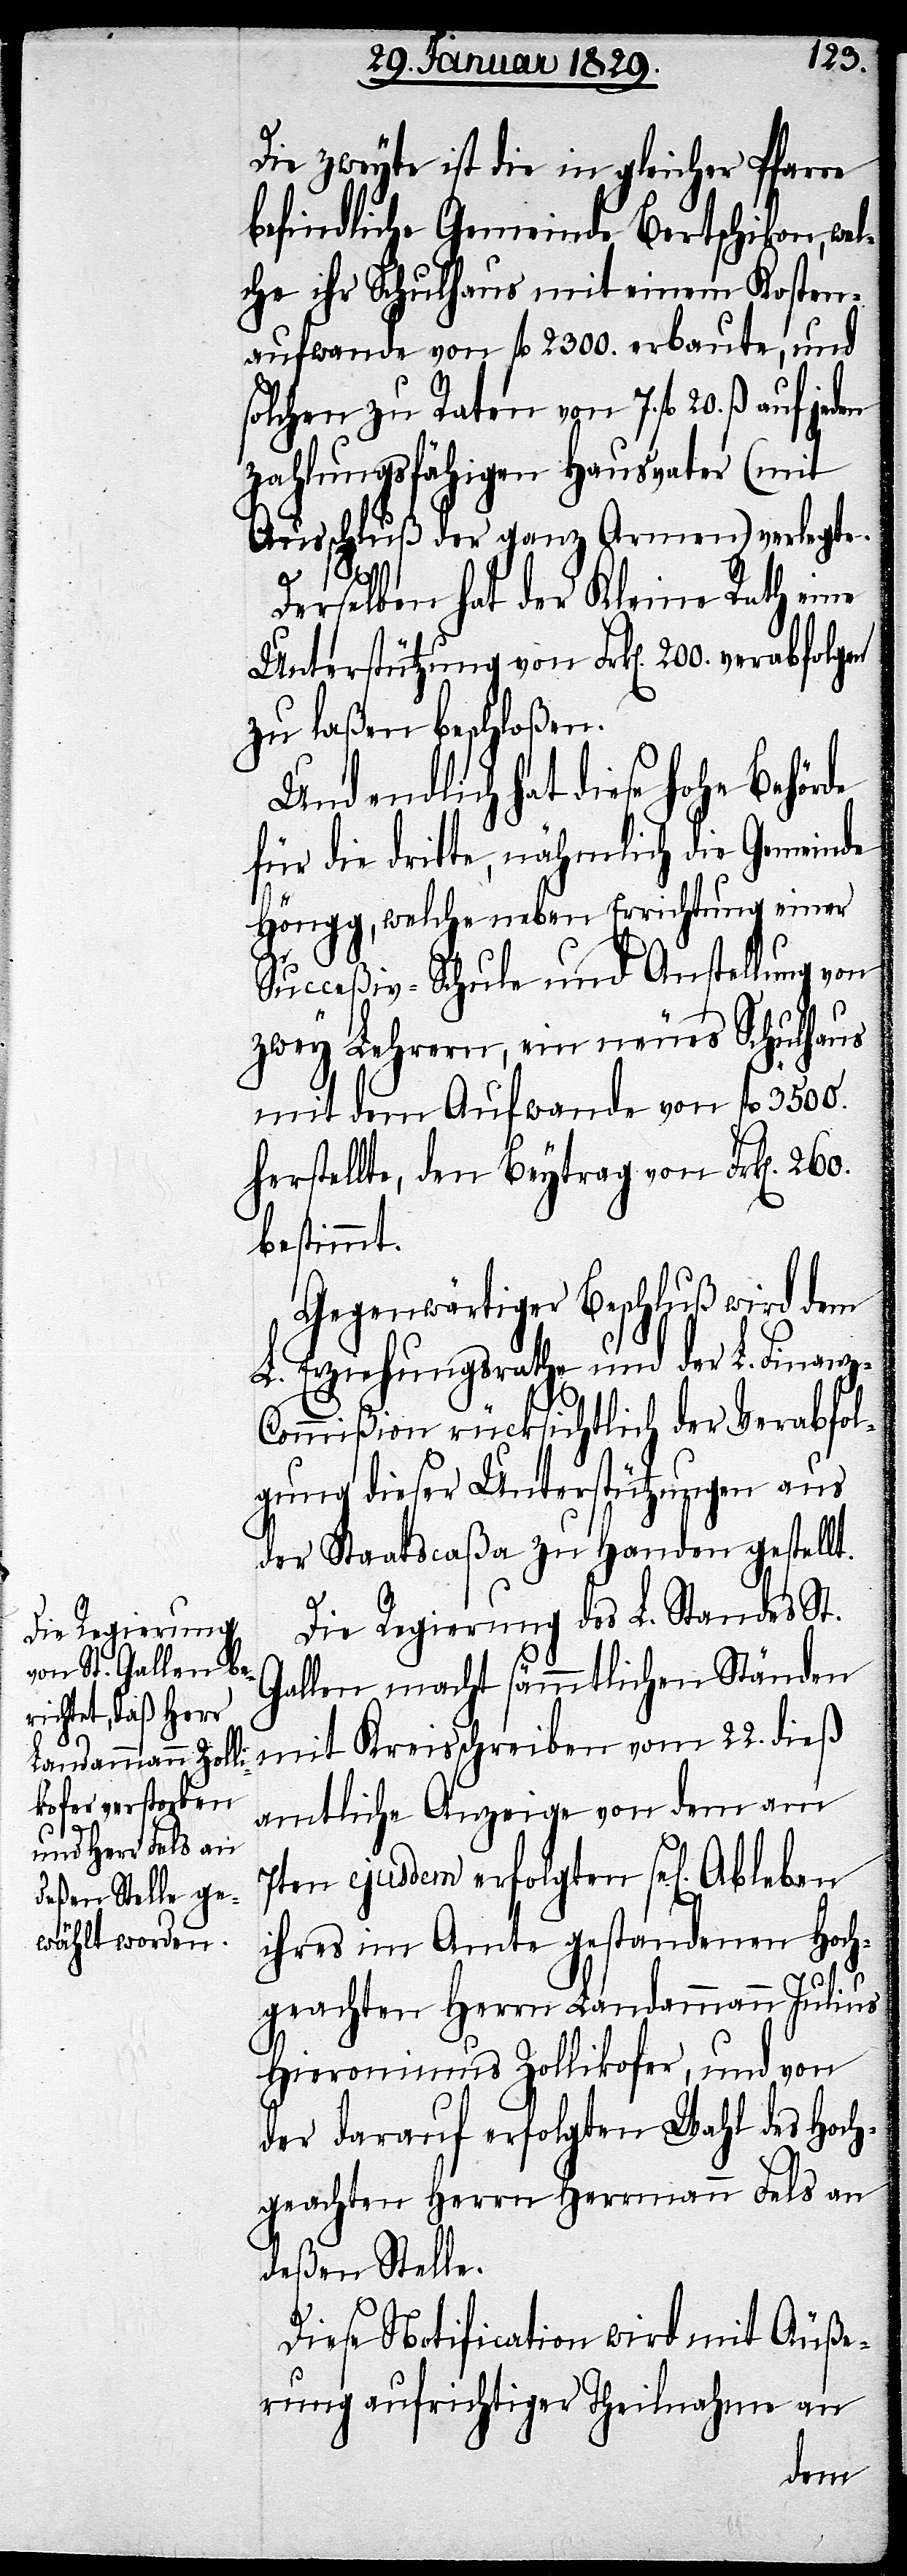
Die zweyte ist die in gleicher Pfarre
befindliche Gemeinde Bertschikon, wel¬
che ihr Schulhaus mit einem Kosten¬
aufwande von fl. 2300. erbaute, und
solchen zu Raten von 7. fl. 20. ß.
Ausschluß der ganz Armen) verlegte.
Derselben hat der Kleine Rath eine
Unterstützung von Frk[en]. 200. verabfo¬
zu laßen beschloßen.
Und endlich hat diese Hohe Behörde
für die dritte, nähmlich die Gemeinde
Höngg, welche neben Errichtung einer
Succeßiv-Schule und Anstellung von
zwey Lehrern, ein neues Schulhaus
mit dem Aufwande von fl. 3500.
herstellte, den Beytrag von Frk[en]. 260.
bestimmt.
Gegenwärtiger Beschluß wird dem
L. Erziehungsrathe und der L. Finanz-C¬
ommißion rücksichtlich der Verabfol¬
gung dieser Unterstützungen aus
der Staatscaßa zu Handen gestellt.
Die Regierung des L. Standes St.
Gallen macht sämmtlichen Ständen
mit Kreisschreiben vom 22. dieß
amtliche Anzeige von dem am
7ten ejusdem erfolgten sel[igen].
ihres im Amte gestandenen Hoch¬
geachten Herrn Landammann Julius
Hieronimus Zollikofer, und von
der darauf erfolgten Wahl des Hoch¬
geachten Herrn Herrmann Fels an
deßen Stelle.
Diese Notification wird mit Äuße¬
rung aufrichtiger Theilnahme an
lgen